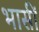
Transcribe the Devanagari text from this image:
भासीं